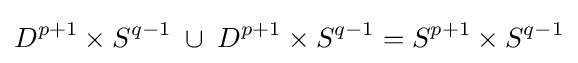
D^{p+1}\times S^{q-1}\;\cup \;D^{p+1}\times S^{q-1}=S^{p+1}\times S^{q-1}